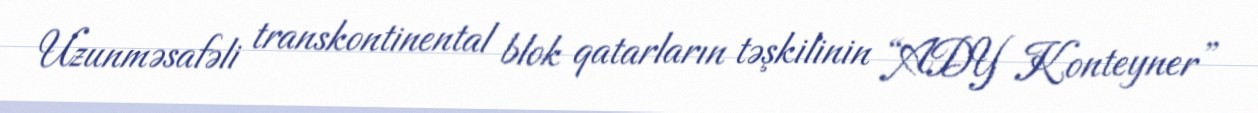
Uzunməsafəli transkontinental blok qatarların təşkilinin “ADY Konteyner”